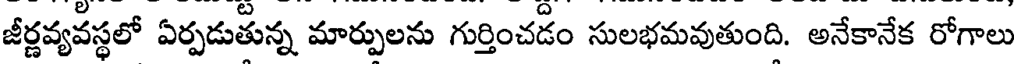
జీర్ణవ్యవస్థలో ఏర్పడుతున్న మార్పులను గుర్తించడం సులభమవుతుంది. అనేకానేక రోగాలు